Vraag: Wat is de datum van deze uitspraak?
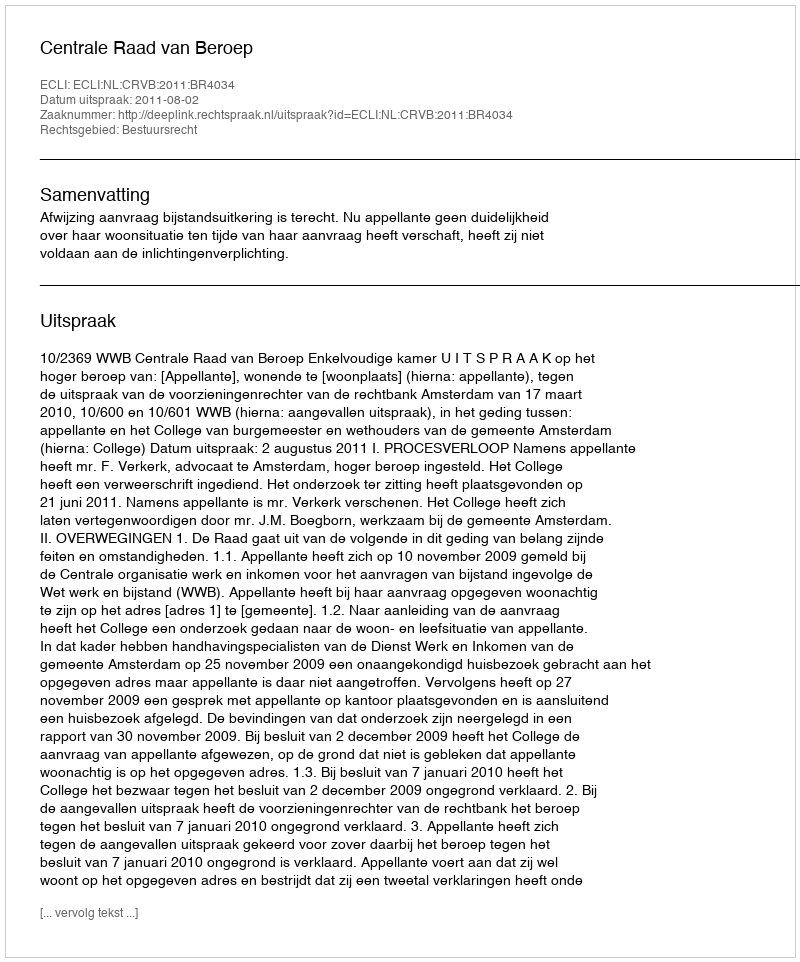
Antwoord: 2011-08-02